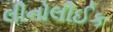
લીનોલીઈક